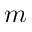
m